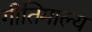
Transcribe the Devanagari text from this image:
गीतिमाल्य